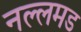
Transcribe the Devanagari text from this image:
नल्लमड